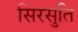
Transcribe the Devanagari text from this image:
सिरसुति